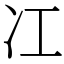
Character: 冮